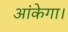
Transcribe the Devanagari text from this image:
आंकेगा।